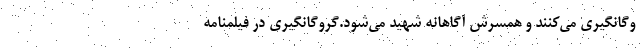
وگانگیری می‌کنند و همسرش آگاهانه شهید می‌شود.گروگانگیری در فیلمنامه